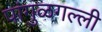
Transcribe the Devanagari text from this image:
पांगुळगल्ली